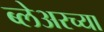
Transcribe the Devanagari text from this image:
ब्लेअरच्या